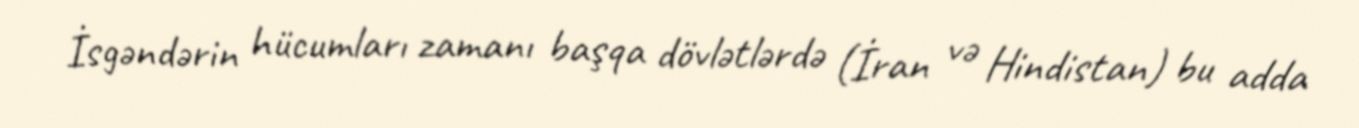
İsgəndərin hücumları zamanı başqa dövlətlərdə (İran və Hindistan) bu adda